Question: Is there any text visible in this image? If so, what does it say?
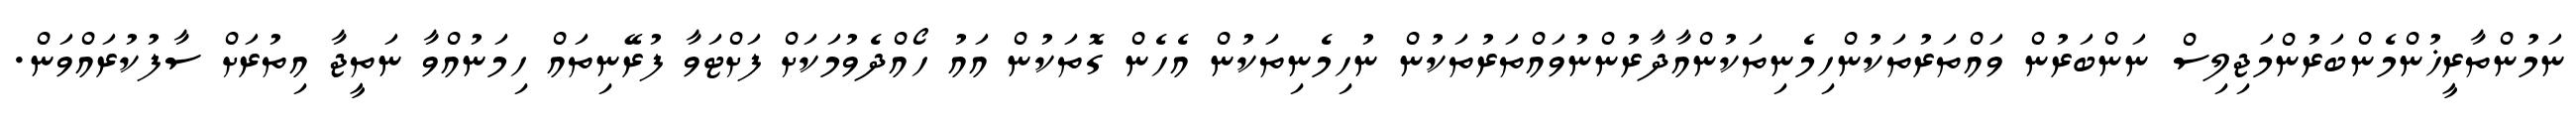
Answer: ނަމުންތާރީޚުންމެންބަރުންމަޖިލިސް ނަންބަރުން ވައްތަރުތަކުންހިމެނިތަކުންއާދާރުންނުވައްތަރުތަކުން ނުހިމެނިތަކުން އެހެން ގޮތަކުން އައު ހޯއްދެވުމަކަށް ފަށްޓަވާ ފުރޭނިތައް ހިމަނުއްވާ ނަތީޖާ އިތުރަށް ސާފުކުރައްވަން.